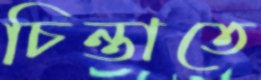
চিন্তাতে